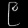
Digit: ၉